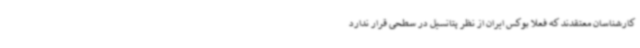
کارشناسان معتقدند که فعلا بوکس ایران از نظر پتانسیل در سطحی قرار ندارد